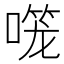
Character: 𱔌